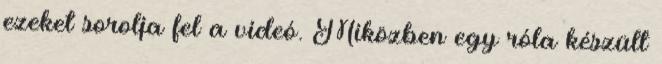
ezeket sorolja fel a videó. Miközben egy róla készült